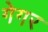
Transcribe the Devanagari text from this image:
गेगर